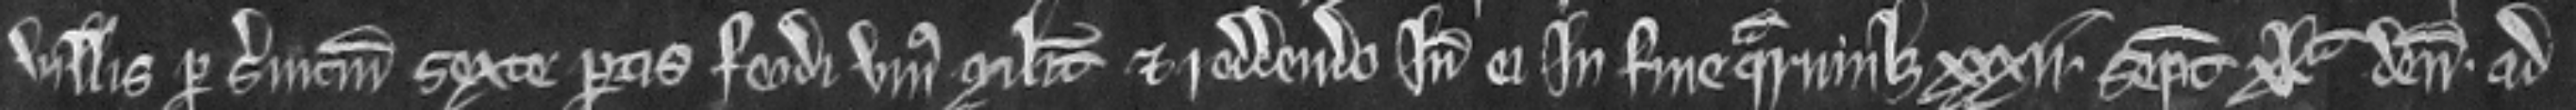
villis per servicium sexte partis feodi unius militis et reddendo inde ei in fine quarumlibet xxxii septimanarum xla denarios. ad